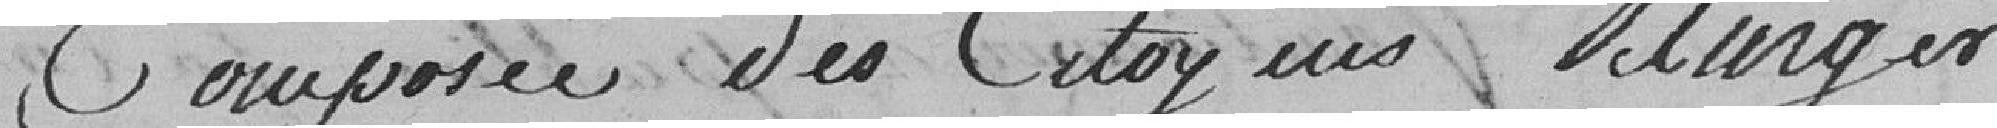
composée des citoyens Burger